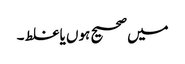
میں صحیح ہوں یا غلط ۔